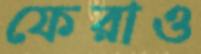
ফেরাও